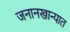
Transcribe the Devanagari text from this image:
जनानखान्यात